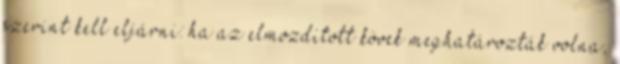
szerint kell eljárni: ha az elmozdított kövek meghatározták volna,